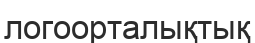
логоорталықтық